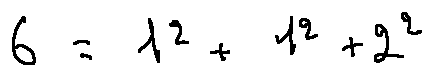
6 = 1 ^ { 2 } + 1 ^ { 2 } + 2 ^ { 2 }